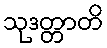
သုဒတ္တာတိ